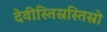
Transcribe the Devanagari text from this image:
देवीस्तिस्रस्तिस्रो